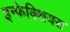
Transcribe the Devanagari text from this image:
इन्फेक्शियस